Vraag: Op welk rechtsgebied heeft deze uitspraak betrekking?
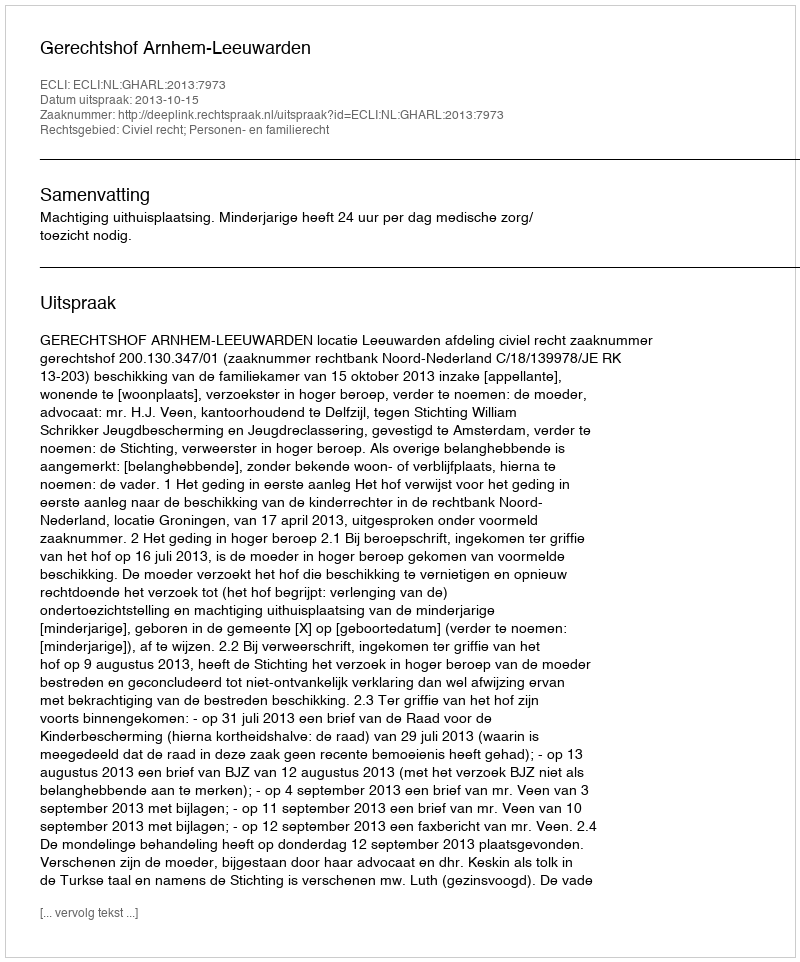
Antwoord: Civiel recht; Personen- en familierecht